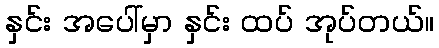
နှင်း အပေါ်မှာ နှင်း ထပ် အုပ်တယ်။